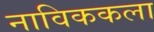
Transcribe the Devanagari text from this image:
नाविककला